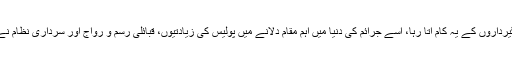
مختلف سرداروں اور جاگیرداروں کے یہ کام آتا رہا، اسے جرائم کی دنیا میں اہم مقام دلانے میں پولیس کی زیادتیوں، قبائلی رسم و رواج اور سرداری نظام نے کلیدی کردار ادا کیا تھا۔